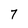
Character: 7